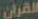
القرآن